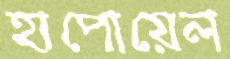
হাপোয়েল